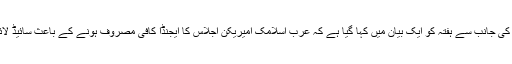
تاہم پاکستان کے دفتر خارجہ کی جانب سے ہفتہ کو ایک بیان میں کہا گیا ہے کہ عرب اسلامک امیریکن اجلاس کا ایجنڈا کافی مصروف ہونے کے باعث سائیڈ لائن پر ملاقاتیں ہونا مشکل ہے۔